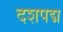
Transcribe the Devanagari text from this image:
दशपद्म